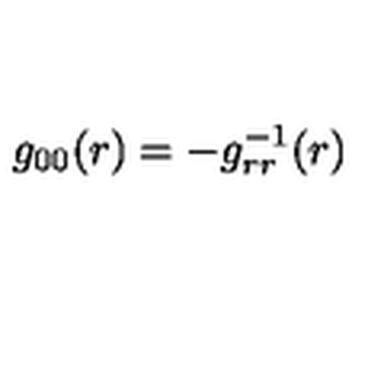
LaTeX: g _ { 0 0 } ( r ) = - g _ { r r } ^ { - 1 } ( r )